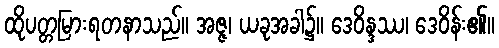
ထိုပတ္တမြားရတနာသည်။ အဇ္ဇ၊ ယခုအခါ၌။ ဒေဝိန္ဒဿ၊ ဒေဝိန်း၏။